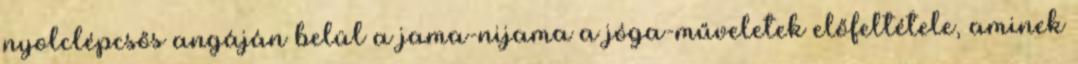
nyolclépcsős angáján belül a jama-nijama a jóga-műveletek előfeltétele, aminek